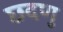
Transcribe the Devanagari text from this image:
छदणु